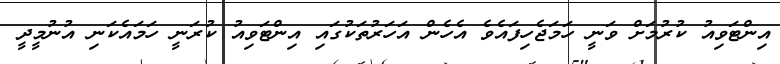
އިންޓަވިއު ކުރުމަށް ވަނީ ހަމަޖެހިފައެވެ އެހެން އަހަރުތަކުގައި އިންޓަވިއު ކުރަނީ ހަމައެކަނި އުނުމީދީ